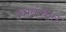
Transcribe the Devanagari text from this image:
त्याबाबात